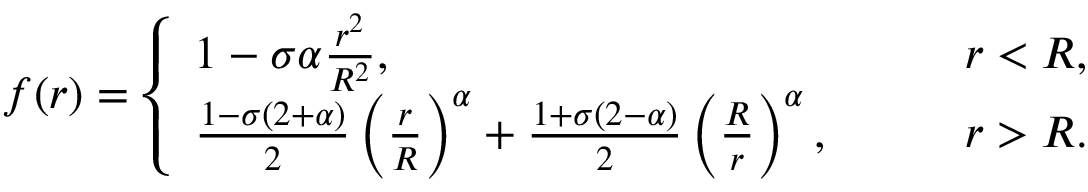
f ( r ) = \left\{ \begin{array} { l l } { { 1 - \sigma \alpha \frac { r ^ { 2 } } { R ^ { 2 } } , } } & { { \qquad r < R , } } \\ { { \frac { 1 - \sigma ( 2 + \alpha ) } { 2 } \left( \frac { r } { R } \right) ^ { \alpha } + \frac { 1 + \sigma ( 2 - \alpha ) } { 2 } \left( \frac { R } { r } \right) ^ { \alpha } , } } & { { \qquad r > R . } } \end{array} \right.